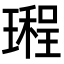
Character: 𤩏